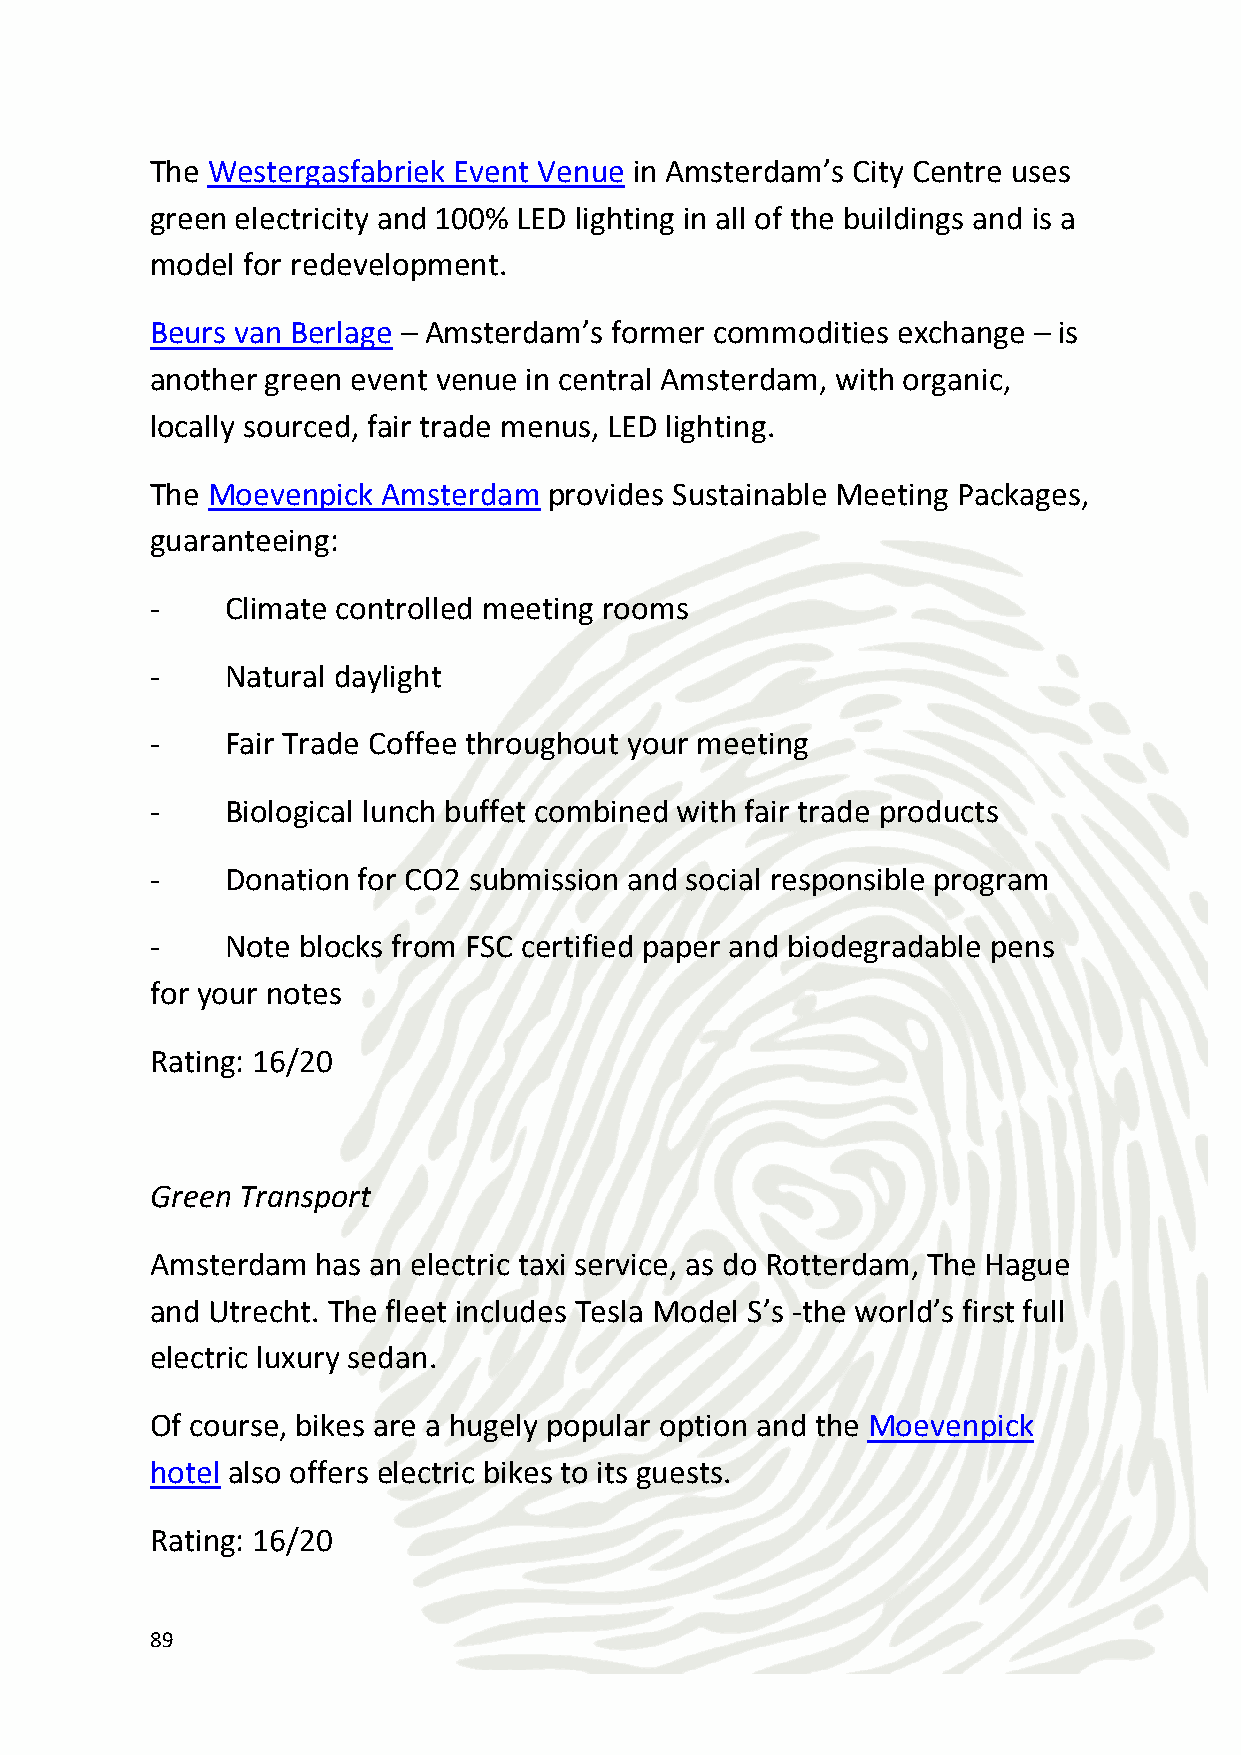
Eco-activities
 In addition to bike tours, you can also ride pedals along the canals, or
 go canoeing in the countryside. Amsterdam is highly walkable and
 the many excellent museums are other great eco-options.
 Rating: 12/20
 CSR Give-Back Opportunities
 Your company can prepare and serve meals in a homeless shelter.
 Participants can also renovate a youth center.
 Score: 5.25/15
 90